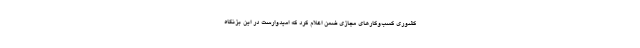
کشوری‌ کسب‌وکارهای مجازی ضمن اعلام کرد که امیدوارست در این بزنگاه